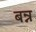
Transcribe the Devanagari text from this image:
बन्न